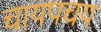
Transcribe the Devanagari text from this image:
चायपचय